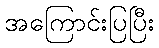
အကြောင်းပြပြီး